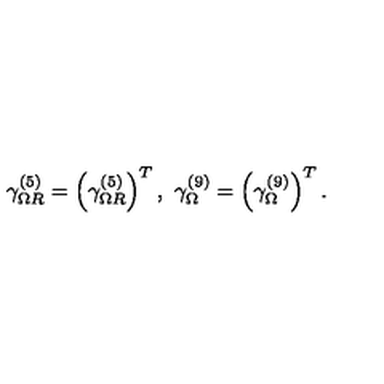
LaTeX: \gamma _ { \Omega R } ^ { ( 5 ) } = \left( \gamma _ { \Omega R } ^ { ( 5 ) } \right) ^ { T } , \ \gamma _ { \Omega } ^ { ( 9 ) } = \left( \gamma _ { \Omega } ^ { ( 9 ) } \right) ^ { T } .